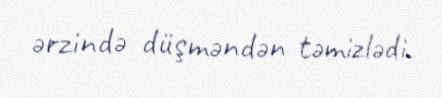
ərzində düşməndən təmizlədi.